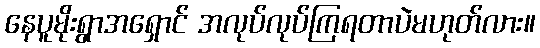
နေပူမိုးရွာအရှောင် အလုပ်လုပ်ကြရတာပဲမဟုတ်လား။